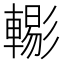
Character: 𨎗